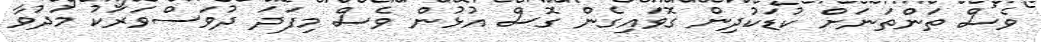
ވެސް ތަންތަނަށް ކުޑަކުދިން ގޮވައިގެން ގޮސް އުޅުން ވެސް މިފަދަ ދުވަސްވަރަކު މަދުވާ